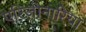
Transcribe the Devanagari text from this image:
एरिज़ोनारिया